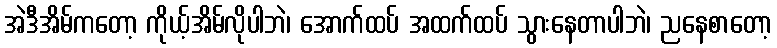
အဲဒီအိမ်ကတော့ ကိုယ့်အိမ်လိုပါဘဲ၊ အောက်ထပ် အထက်ထပ် သွားနေတာပါဘဲ၊ ညနေစာတော့